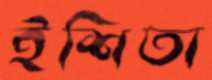
ইশিতা